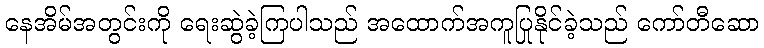
နေအိမ်အတွင်းကို ရေးဆွဲခဲ့ကြပါသည် အထောက်အကူပြုနိုင်ခဲ့သည် ကော်တီဆော